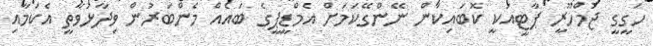
ހަގީގީ ޖުމްހޫރީ ޕާޓީއަކީ ކޮބައިކަން ނޭންގޭކަމަށް އެމްޑީޕީގެ ބައެއް މެންބަރުން ވިދާޅުވާތީ އެކަމާއި